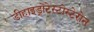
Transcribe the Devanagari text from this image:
डीहाइड्रोटेस्टोस्टेरोन